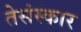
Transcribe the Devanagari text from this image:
तेसंस्कार